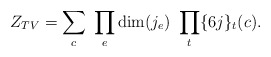
\begin{align*}Z_{TV} = \sum_{c} \ \prod_{e} {\rm dim}(j_{e}) \ \prod_{t} \{6j\}_{t}(c). \end{align*}